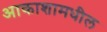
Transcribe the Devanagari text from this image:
आकाशामधील